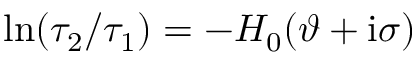
\ln ( \tau _ { 2 } / \tau _ { 1 } ) = - H _ { 0 } ( \vartheta + \mathrm { i } \sigma )